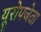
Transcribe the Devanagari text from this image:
यूरोपजेता